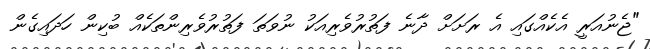
"ޖެނުއަރީ އެކެއްގައި އެ ރަށަށް ދާނެ ފަތުރުވެރިއަކު ނުވަތަ ފަތުރުވެރިންތަކެއް ބުކިން ހަދައިގެން